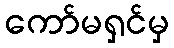
ကော်မရှင်မှ